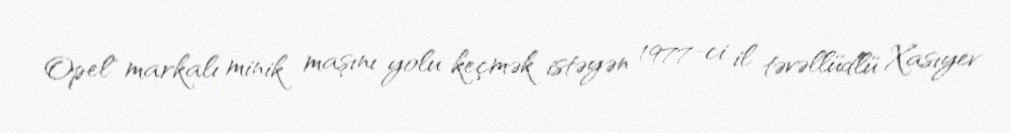
Opel" markalı minik maşını yolu keçmək istəyən 1977-ci il təvəllüdlü Xasıyev